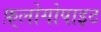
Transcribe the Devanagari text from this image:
फ़्लोगोपाइट